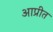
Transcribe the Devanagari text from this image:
आप्रीत